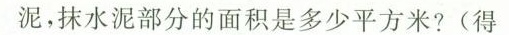
泥，抹水泥部分的面积是多少平方米?(得